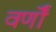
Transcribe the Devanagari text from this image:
वर्णॊं